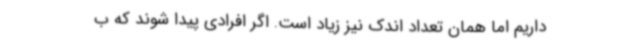
داریم اما همان تعداد اندک نیز زیاد است. اگر افرادی پیدا شوند که ب